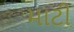
માટી